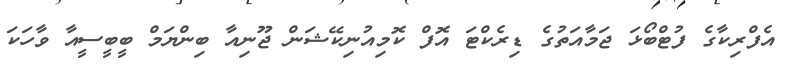
އެފްރިކާގެ ފުޓްބޯޅަ ޖަމާއަތުގެ ޑިރެކްޓަ އޮފް ކޮމިއުނިކޭޝަން ޖޫނިއާ ބިންޔަމް ބީބީސީއާ ވާހަކަ